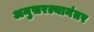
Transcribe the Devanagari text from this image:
अनुसरल्यानंतर